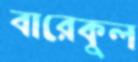
বারেকুল